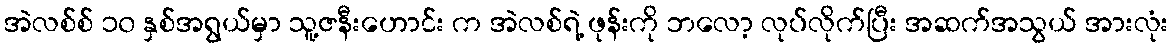
အဲလစ်စ် ၁၀ နှစ်အရွယ်မှာ သူ့ဇနီးဟောင်း က အဲလစ်ရဲ့ ဖုန်းကို ဘလော့ လုပ်လိုက်ပြီး အဆက်အသွယ် အားလုံး